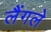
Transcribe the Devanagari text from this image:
लैंगले